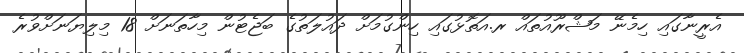
އެރީނާގައި ހިމެނޭ މަޝްރޫއުތައް ރ.އަތޮޅުގައި ހިންގުމަށް ދައުލަތުގެ ބަޖެޓުން މިހާތަނަށް 18 މިލިޔަނަށްވުރެ